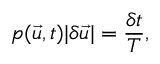
p ( \vec { u } , t ) | \delta \vec { u } | = \frac { \delta t } { T } ,